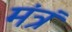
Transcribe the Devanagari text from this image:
मंत्रं